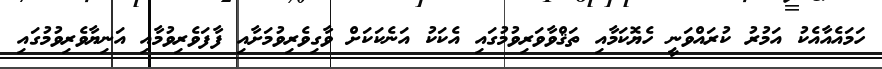
ހަަމައެއާއެކު އަމުރު ކުރައްވަނީ ހެޔޮކަމާއި ތަޤްވާވަރިވުމުގައި އެކަކު އަނެކަކަަށް ވާގިވެރިވުމަށާއި ފާފަވެރިވުމާއި އަނިޔާވެރިވުމުގައި